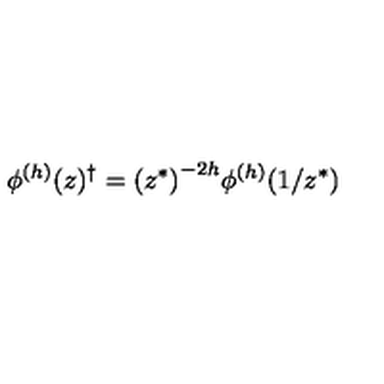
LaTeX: \phi ^ { ( h ) } ( z ) ^ { \dagger } = { ( z ^ { * } ) } ^ { - 2 h } \phi ^ { ( h ) } ( 1 / z ^ { * } )